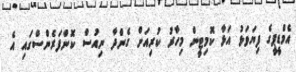
އެމްޑީޕީގެ ފިޔަވަޅު އަޅާ ކޮމިޓީން މިހާރު ކުރިއަށް ގެންދާ ނިއުސް ކޮންފަރެންސްގައި އެ